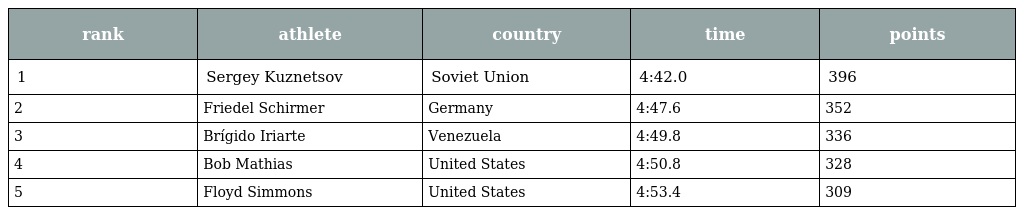
| rank | athlete | country | time | points |
 | --- | --- | --- | --- | --- |
 | 1 | Sergey Kuznetsov | Soviet Union | 4:42.0 | 396 |
 | 2 | Friedel Schirmer | Germany | 4:47.6 | 352 |
 | 3 | Brígido Iriarte | Venezuela | 4:49.8 | 336 |
 | 4 | Bob Mathias | United States | 4:50.8 | 328 |
 | 5 | Floyd Simmons | United States | 4:53.4 | 309 |